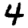
Digit: 4